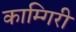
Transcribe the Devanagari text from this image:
काम्गिरी